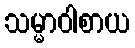
သမ္မာဝါစာယ